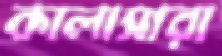
কালাসারা